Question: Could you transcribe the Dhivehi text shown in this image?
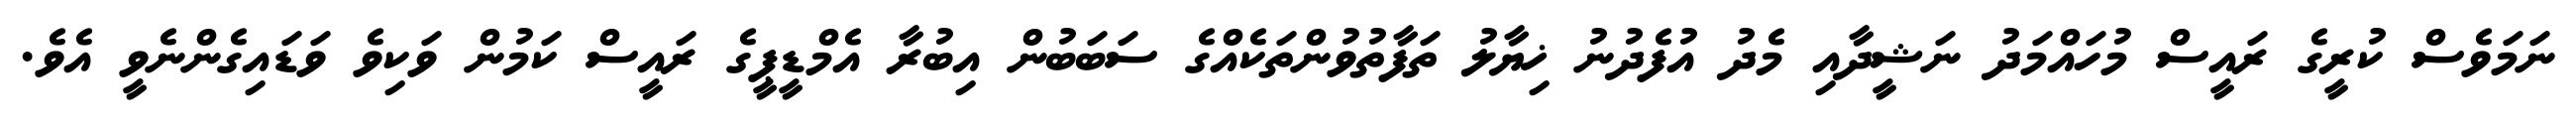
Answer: ނަމަވެސް ކުރީގެ ރައީސް މުހައްމަދު ނަޝީދާއި މެދު އުފެދުނު ޚިޔާލު ތަފާތުވުންތަކެއްގެ ސަބަބުން އިބުރާ އެމްޑީޕީގެ ރައީސް ކަމުން ވަކިވެ ވަޑައިގެންނެވީ އެވެ.